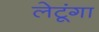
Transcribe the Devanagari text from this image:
लेटूंगा